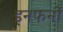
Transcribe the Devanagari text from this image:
इनफर्नो